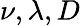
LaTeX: \nu,\lambda,D